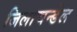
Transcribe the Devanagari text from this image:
जिलाचन्डेल